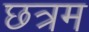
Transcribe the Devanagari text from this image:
छत्रम